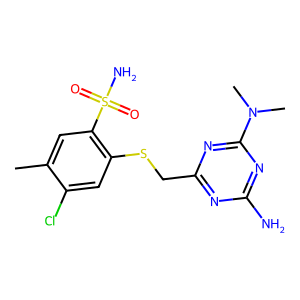
SMILES: Cc1cc(S(N)(=O)=O)c(SCc2nc(N)nc(N(C)C)n2)cc1Cl
Inhibits HIV replication: No